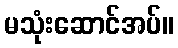
မသုံးဆောင်အပ်။